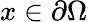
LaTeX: x\in\partial\Omega